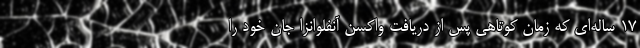
۱۷ ساله‌ای که زمان کوتاهی پس از دریافت واکسن آنفلوانزا جان خود را